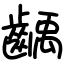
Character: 齲